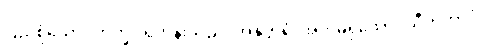
ပြည့်စုံသော။ ဘိက္ခု၊ ရဟန်းသည်။ အနုတ္တရံ၊ အတုမရှိသော။ သီတိဘာဝံ၊